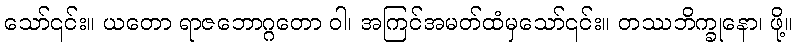
သော်၎င်း။ ယတော ရာဇဘောဂ္ဂတော ဝါ၊ အကြင်အမတ်ထံမှသော်၎င်း။ တဿဘိက္ခုနော၊ ဖို့။